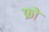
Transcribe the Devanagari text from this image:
फ्रो